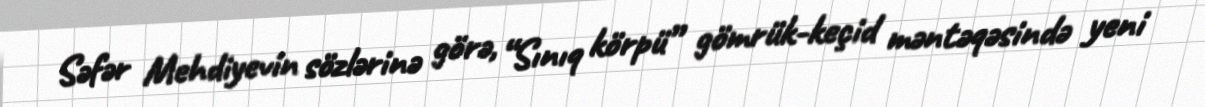
Səfər Mehdiyevin sözlərinə görə, “Sınıq körpü” gömrük-keçid məntəqəsində yeni